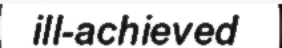
ill-achieved